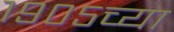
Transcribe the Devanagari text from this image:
१९०५च्या